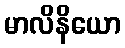
မာလိနိယော